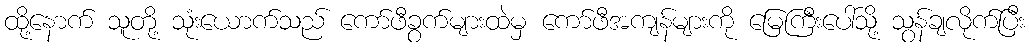
ထို့နောက် သူတို့ သုံးယောက်သည် ကော်ဖီခွက်များထဲမှ ကော်ဖီအကျန်များကို မြေကြီးပေါ်သို့ သွန်ချလိုက်ပြီး